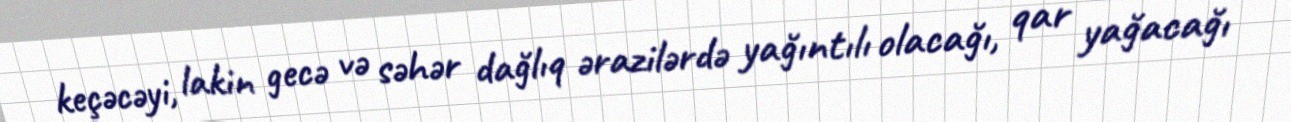
keçəcəyi, lakin gecə və səhər dağlıq ərazilərdə yağıntılı olacağı, qar yağacağı